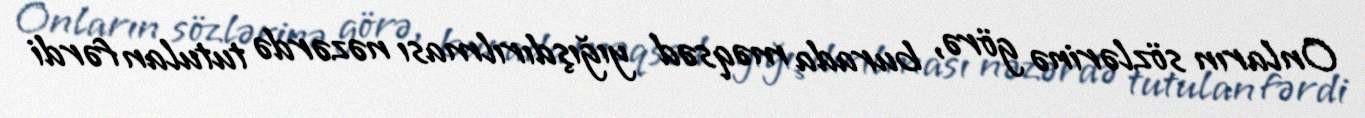
Onların sözlərinə görə, burada məqsəd yığışdırılması nəzərdə tutulan fərdi